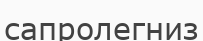
сапролегниз